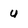
Character: u